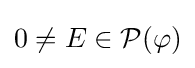
0\neq E\in {\mathcal {P}}(\varphi )